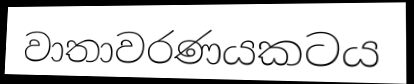
වාතාවරණයකටය